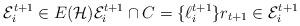
LaTeX: \begin{align*} \mathcal{E}_{i}^{t+1}\in E(\mathcal{H}) \mathcal{E}_{i}^{t+1}\cap C =\{\ell_{i}^{t+1}\} r_{t+1}\in \mathcal{E}_{i}^{t+1} \end{align*}